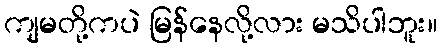
ကျမတို့ကပဲ မြန်နေလို့လား မသိပါဘူး။